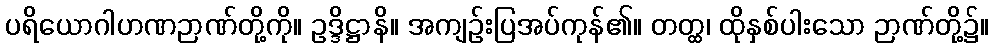
ပရိယောဂါဟဏဉာဏ်တို့ကို။ ဥဒ္ဒိဋ္ဌာနိ။ အကျဉ်းပြအပ်ကုန်၏။ တတ္ထ၊ ထိုနှစ်ပါးသော ဉာဏ်တို့၌။